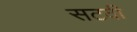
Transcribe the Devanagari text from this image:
सटवी